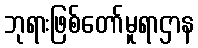
ဘုရားဖြစ်တော်မူရာဌာန